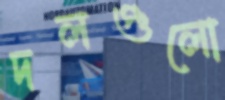
দলগুলো